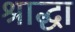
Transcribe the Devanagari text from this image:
श्राद्धा